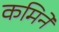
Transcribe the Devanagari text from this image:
कमिने